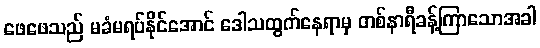
ဖေဖေသည် မခံမရပ်နိုင်အောင် ဒေါသထွက်နေရာမှ တစ်နာရီခန့်ကြာသောအခါ